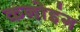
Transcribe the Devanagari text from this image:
कनोइंग